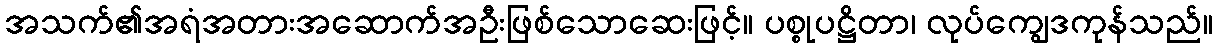
အသက်၏အရံအတားအဆောက်အဦးဖြစ်သောဆေးဖြင့်။ ပစ္စုပဋ္ဌိတာ၊ လုပ်ကျွေဒကုန်သည်။